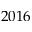
2 0 1 6